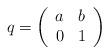
LaTeX: \begin{align*}q=\left(\begin{array}{cc}a & b\\0 & 1\end{array}\right)\end{align*}